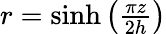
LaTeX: \begin{array}{r}{r=\sinh\left(\frac{\pi z}{2h}\right)}\end{array}